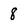
Character: 8